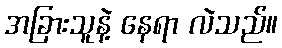
အခြားသူနဲ့ နေရာ လဲသည်။